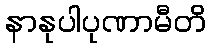
နာနုပါပုဏာမီတိ